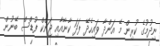
ނިދުމުގެ ކުރިން މޭ އަންދާ ވައިހެދޭ ފަދަ ކާނާއާއި ޖަންކް ފުޑްސް ބޭނުން